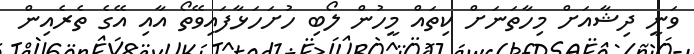
ވަނީ ދިޝާއަށް މިހާތަނަށް ކިތައް މީހުން ލޯބި ހުށަހަޅާފައިވޭތޯ އާއި އޭގެ ތެރެއިން